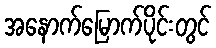
အနောက်မြောက်ပိုင်းတွင်